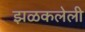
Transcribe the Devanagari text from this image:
झळकलेली